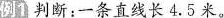
例1判断：一条直线长4.5米。